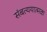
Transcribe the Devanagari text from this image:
संबत्ययात्मक